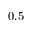
0 . 5